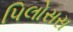
પિલોસસ